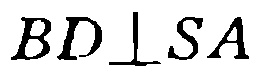
\(BD\perp SA\)